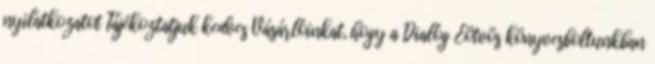
nyilatkozatot Tájékoztatjuk kedves Vásárlóinkat, hogy a Dialóg Eötvös könyvesboltunkban